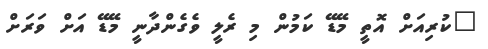
"ކުރިއަށް އޮތީ މޭޑޭ ކަމުން މި ރެލީ ވެގެންދާނީ މޭޑޭ އަށް ވަރަށް